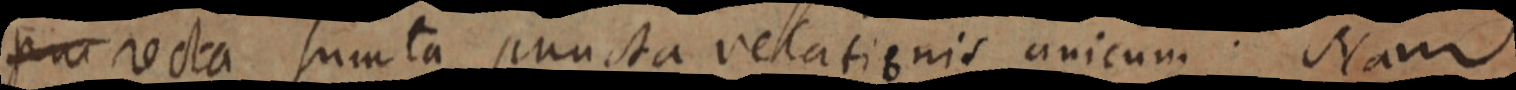
recta sumta puncta relationis unicum. Nam